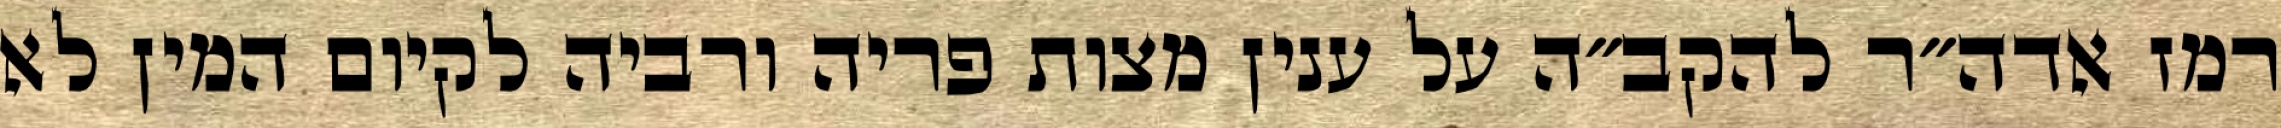
רמז אדה״ר להקב״ה על ענין מצות פריה ורביה לקיום המין לא